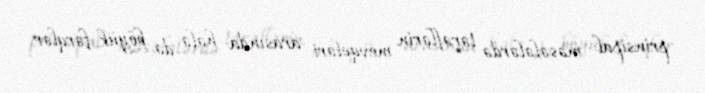
prinsipal məsələlərdə tərəflərin mövqeləri arasında hələ də böyük fərqlər